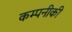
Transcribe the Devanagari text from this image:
कम्पनीकी